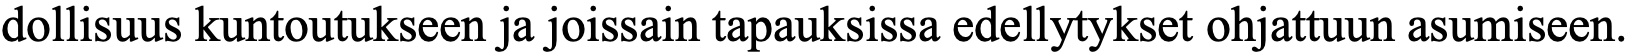
dollisuus kuntoutukseen ja joissain tapauksissa edellytykset ohjattuun asumiseen.